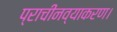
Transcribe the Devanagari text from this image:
प्राचीनव्याकरण।